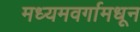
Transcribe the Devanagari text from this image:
मध्यमवर्गामधून